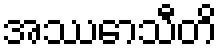
အဿောသီတိ